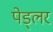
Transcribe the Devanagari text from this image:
पेड्लर